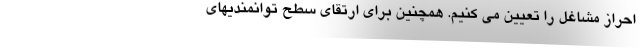
احراز مشاغل را تعیین می کنیم. همچنین برای ارتقای سطح توانمندیهای